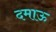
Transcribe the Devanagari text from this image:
दमाऊ